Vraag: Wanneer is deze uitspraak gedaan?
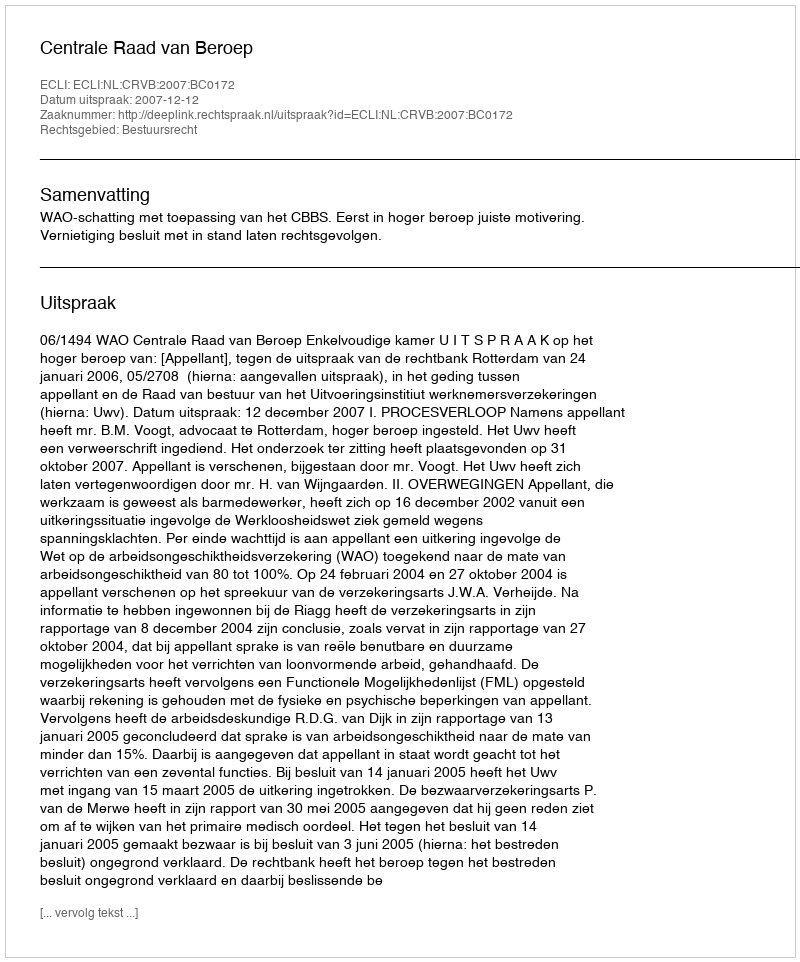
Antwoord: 2007-12-12